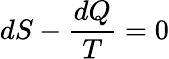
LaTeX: dS-{\frac{dQ}{T}}=0